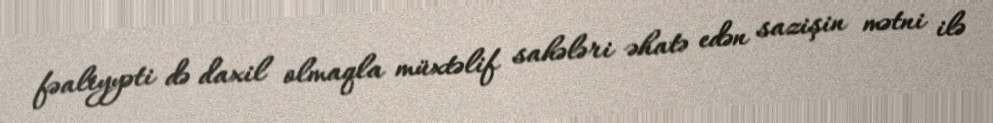
fəaliyyəti də daxil olmaqla müxtəlif sahələri əhatə edən sazişin mətni ilə